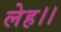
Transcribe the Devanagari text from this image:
लेह।।